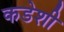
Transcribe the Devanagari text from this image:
कडेशी